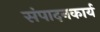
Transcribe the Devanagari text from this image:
संपादनकार्य